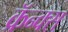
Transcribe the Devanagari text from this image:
क्रॅन्क्स